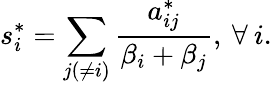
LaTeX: s_{i}^{*}=\sum_{j(\neq i)}\frac{a_{ij}^{*}}{\beta_{i}+\beta_{j}},\: \forall\: i.